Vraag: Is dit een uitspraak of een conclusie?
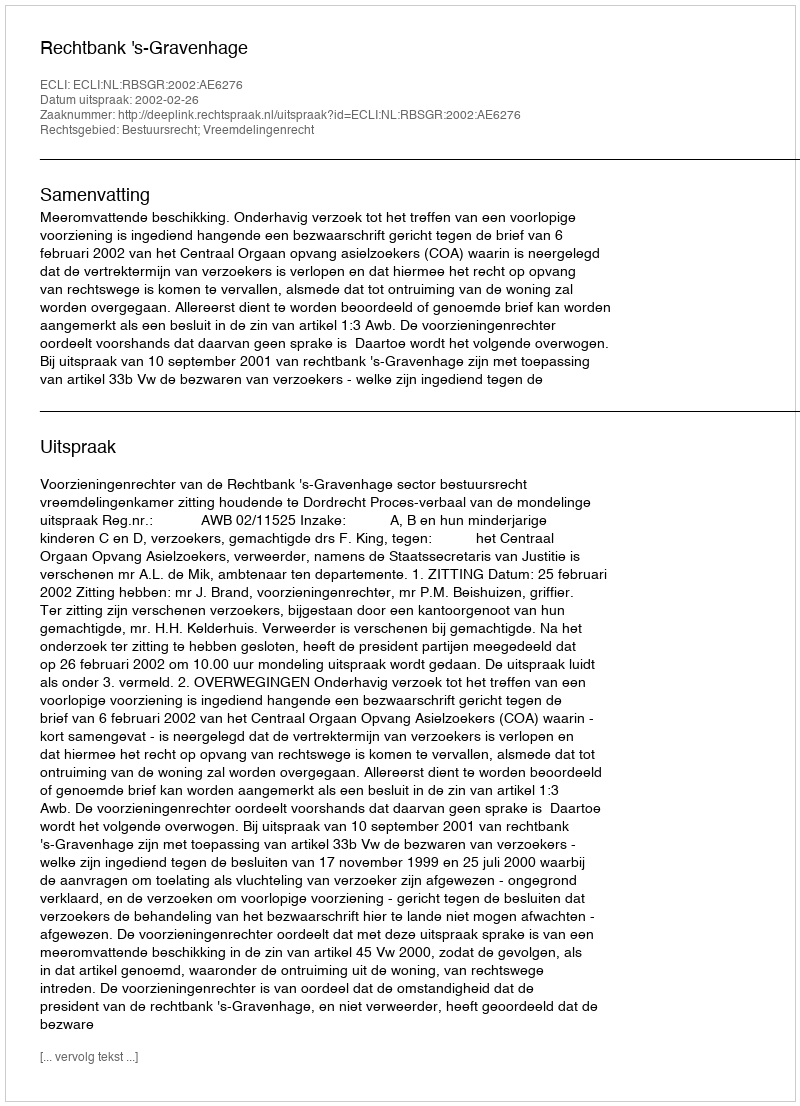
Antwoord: Uitspraak